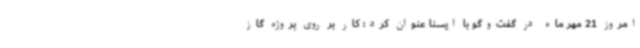
امروز 21 مهر ماه در گفت‌وگو با ایسنا عنوان کرد: کار بر روی پروژه گاز